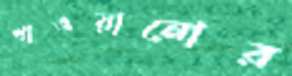
খাওয়ানোর